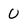
Character: 0